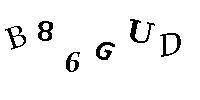
B86GUD